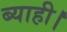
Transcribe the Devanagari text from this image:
ब्याही।